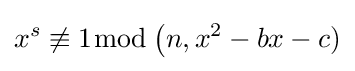
x^{s}\not \equiv 1{\bmod {\,}}{\big (}n,x^{2}-bx-c)